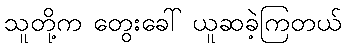
သူတို့က တွေးခေါ် ယူဆခဲ့ကြတယ်